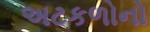
અટકળોનો